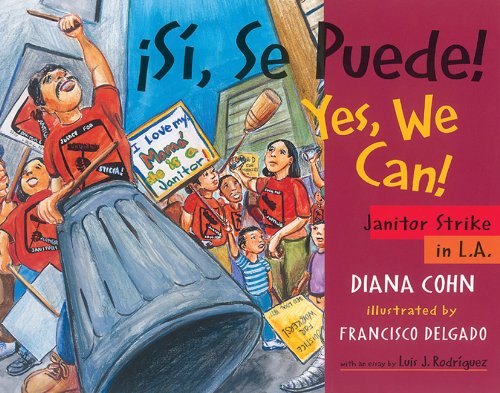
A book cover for Â¡Si, Se Puede! / Yes, We Can!: Janitor Strike in L.A. (English and Spanish Edition); Diana Cohn; Children's Books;